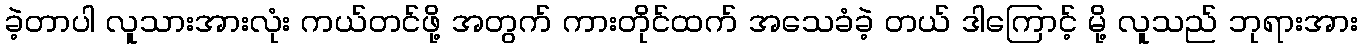
ခဲ့တာပါ လူသားအားလုံး ကယ်တင်ဖို့ အတွက် ကားတိုင်ထက် အသေခံခဲ့ တယ် ဒါကြောင့် မို့ လူသည် ဘုရားအား